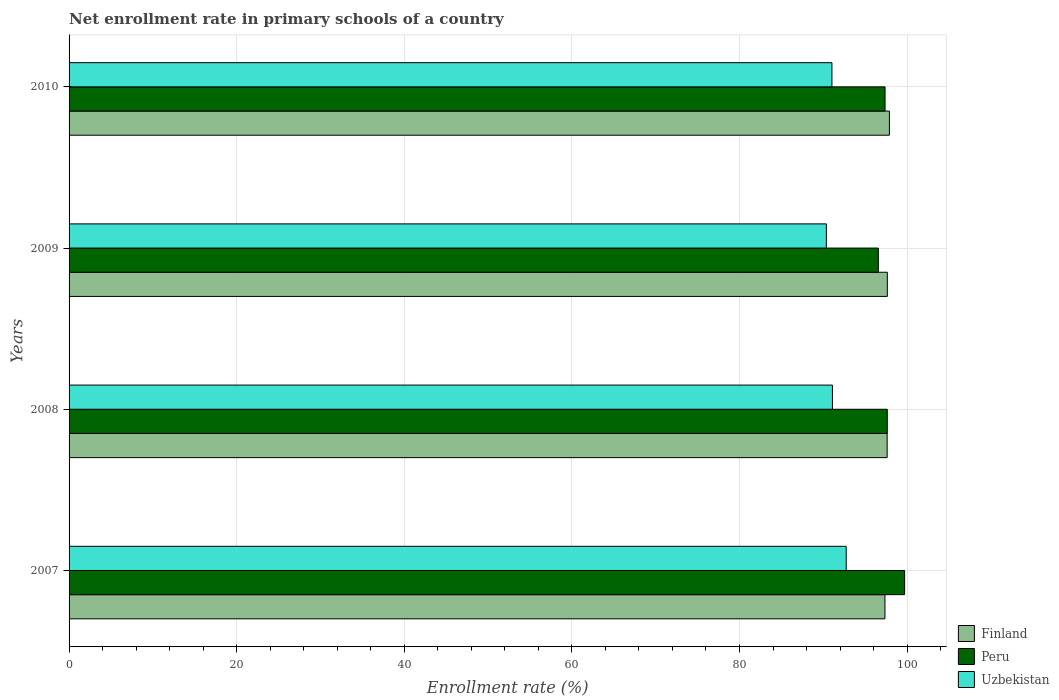
| Years | Finland | Peru | Uzbekistan |
 | --- | --- | --- | --- |
 | 2007 | 97.4 | 99.7 | 92.7 |
 | 2008 | 97.6 | 97.6 | 91.1 |
 | 2009 | 97.6 | 96.6 | 90.4 |
 | 2010 | 97.9 | 97.4 | 91 |